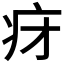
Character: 𬏛